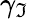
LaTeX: \gamma_{\mathfrak{I}}